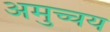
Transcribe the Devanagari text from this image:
अमुच्चय